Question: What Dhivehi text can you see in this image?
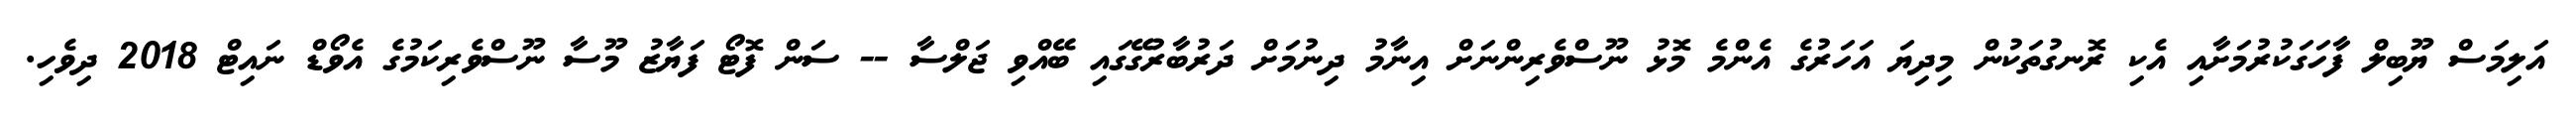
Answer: އަލިމަސް ޔޫބިލް ފާހަގަކުރުމަށާއި އެކި ރޮނގުތަކުން މިދިޔަ އަހަރުގެ އެންމެ މޮޅު ނޫސްވެރިންނަށް އިނާމު ދިނުމަށް ދަރުބާރުގޭގައި ބޭއްވި ޖަލްސާ -- ސަން ފޮޓޯ ފަޔާޒު މޫސާ ނޫސްވެރިކަމުގެ އެވޯޑް ނައިޓް 2018 ދިވެހި.